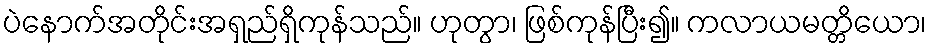
ပဲနောက်အတိုင်းအရှည်ရှိကုန်သည်။ ဟုတွာ၊ ဖြစ်ကုန်ပြီး၍။ ကလာယမတ္တိယော၊